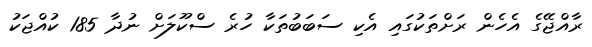
ރާއްޖޭގެ އެހެން ރަށްތަކުގައި އެކި ސަބަބުތަކާ ހުރެ ސްކޫލަށް ނުދާ 185 ކުއްޖަކު